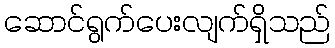
ဆောင်ရွက်ပေးလျက်ရှိသည်